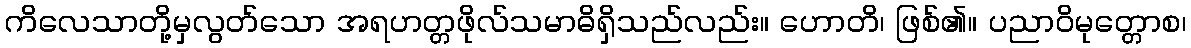
ကိလေသာတို့မှလွတ်သော အရဟတ္တဖိုလ်သမာဓိရှိသည်လည်း။ ဟောတိ၊ ဖြစ်၏။ ပညာဝိမုတ္တောစ၊